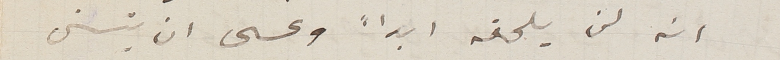
انه لن يلحقه ابداً وعسى ان يتسنى